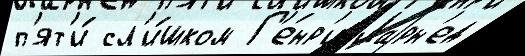
п'ят'и́ сл'и́шком Г'е́нр'и Ларн'ед